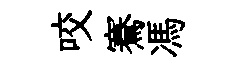
咬騫馮